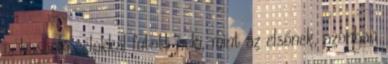
is hasonló célokkal futott neki, mint az elsőnek, azonban